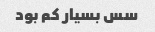
سس بسیار کم بود